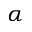
\alpha